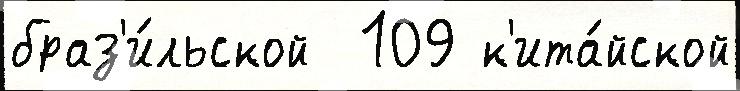
браз'и́льской  109 к'ита́йской